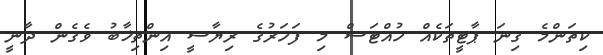
ކިތަންމެ ގިނަ ޕާޓީތަކެއް ހުއްޓަސް މި ފަހަރުގެ ރިޔާސީ އިންތިޚާބު ވެގެން ދާނީ